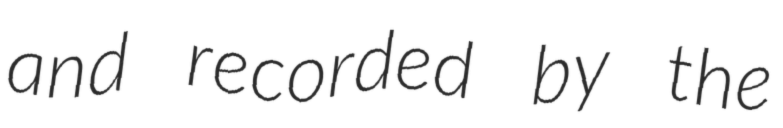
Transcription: and recorded by the